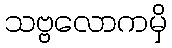
သဗ္ဗလောကမှိ